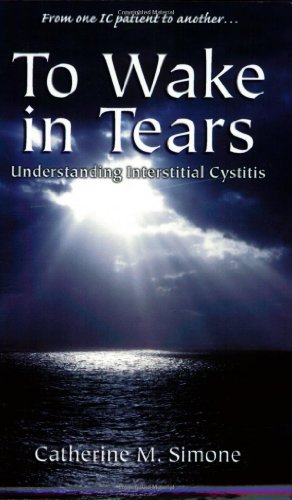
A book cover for To Wake in Tears: Understanding Interstitial Cystitis; Catherine M. Simone; Health, Fitness & Dieting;